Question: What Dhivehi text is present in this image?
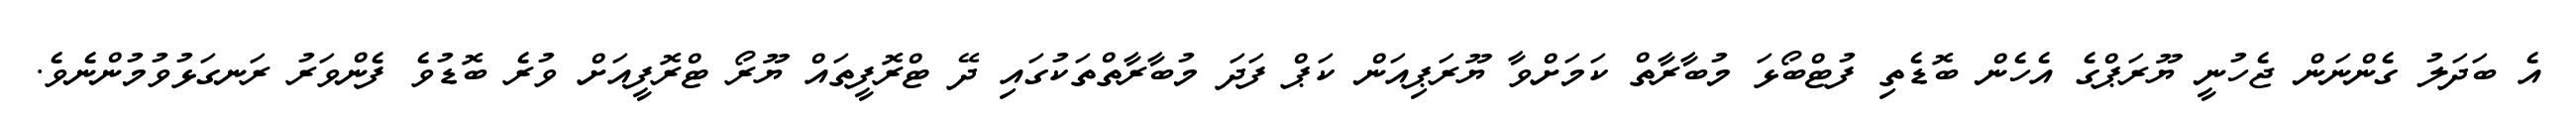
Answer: އެ ބަދަލު ގެންނަން ޖެހުނީ ޔޫރަޕްގެ އެހެން ބޮޑެތި ފުޓްބޯޅަ މުބާރާތް ކަމަށްވާ ޔޫރަޕިއަން ކަޕް ފަދަ މުބާރާތްތަކުގައި ދޭ ޓްރޮފީތައް ޔޫރޯ ޓްރޮފީއަށް ވުރެ ބޮޑުވެ ފެންވަރު ރަނގަޅުވުމުންނެވެ.